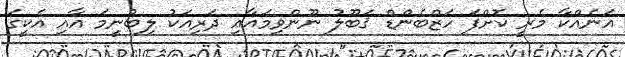
އަނެއްކާ މެރީ ކޮށްފަ ހަޒްބެންޑް ޤަބޫލު ނޫންވިމައާއި ދަރިއަކު ލިބުނީމަ އާއި އެކީގަ